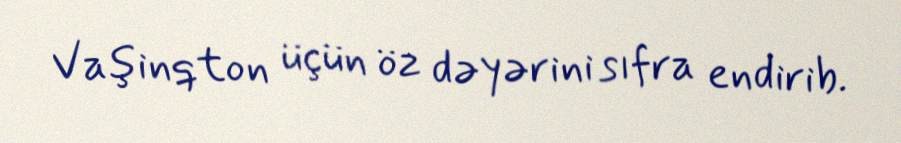
Vaşinqton üçün öz dəyərini sıfra endirib.